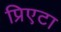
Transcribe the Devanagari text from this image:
प्रिएटा